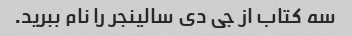
سه کتاب از جی دی سالینجر را نام ببرید.